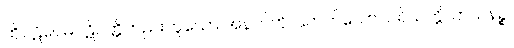
ထိုပဋိဝေဓပဋိပတ္တိတည်းဟူသော အနက်ကို ပြတတ်သော။ ပရိယတ္တိသာသနဉ္စ၊